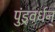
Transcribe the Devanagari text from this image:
पुंड्रवर्धन्